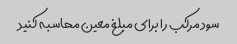
سود مرکب را برای مبلغ معین محاسبه کنید